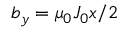
b _ { y } = \mu _ { 0 } J _ { 0 } x / 2